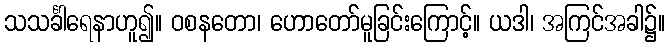
သသင်္ခါရေနာဟူ၍။ ဝစနတော၊ ဟောတော်မူခြင်းကြောင့်။ ယဒါ၊ အကြင်အခါ၌။